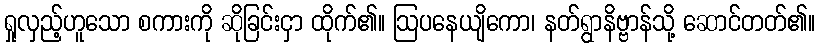
ရှုလှည့်ဟူသော စကားကို ဆိုခြင်းငှာ ထိုက်၏။ ဩပနေယျိကော၊ နတ်ရွာနိဗ္ဗာန်သို့ ဆောင်တတ်၏။